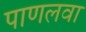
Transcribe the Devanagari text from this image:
पाणलवा